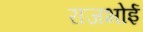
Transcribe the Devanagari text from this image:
राजभोई